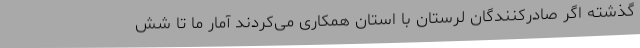
گذشته اگر صادرکنندگان لرستان با استان همکاری می‌کردند آمار ما تا شش